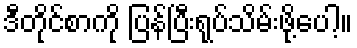
ဒီတိုင်စာကို ပြန်ပြီးရုပ်သိမ်းဖို့ပေါ့။